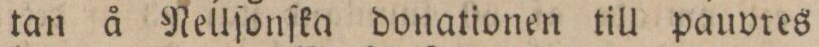
tan å Nellſonſka donationen till pauvres